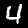
Digit: 4